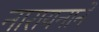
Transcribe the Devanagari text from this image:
नारायनाने